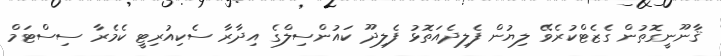
ޤާނޫނީގޮތުން ގެޒެޓްކުރެވޭ ލިޔުން ފެލިދެއަތޮޅު ފެލިދޫ ކައުންސިލްގެ އިދާރާ ސެކިއުރިޓީ ކެމެރާ ސިސްޓަމް